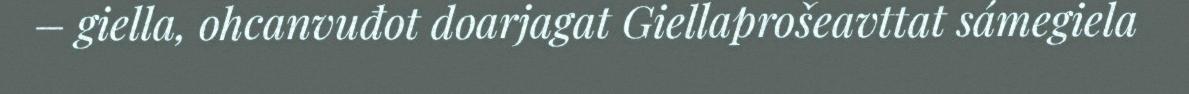
– giella, ohcanvuđot doarjagat Giellaprošeavttat sámegiela